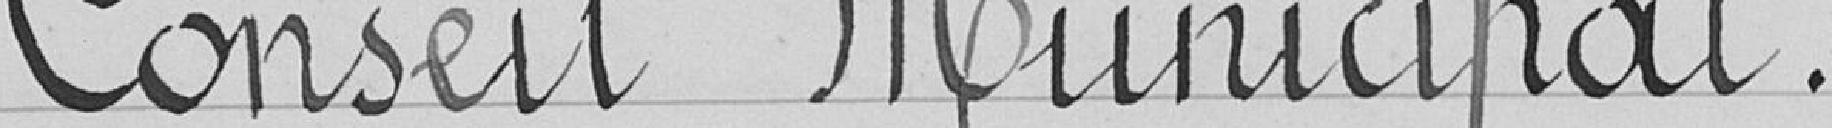
Conseil Municipal.